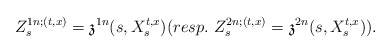
\begin{align*}Z_s^{1n;(t,x)}= \mathfrak{z}^{1n}(s,X_s^{t,x}) (resp.\ Z_s^{2n;(t,x)}=\mathfrak{z}^{2n}(s,X_s^{t,x})).\end{align*}